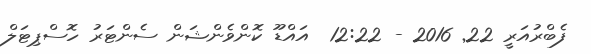
ފެބްރުއަރީ 22